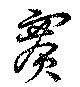
賽